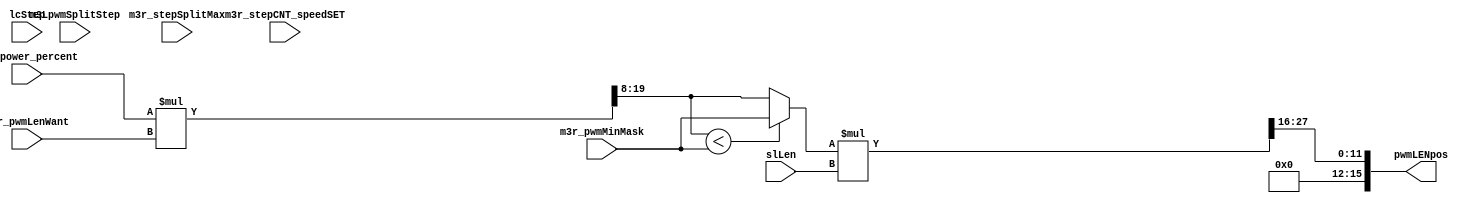
module motoro3_calc_pwm_len(
    m3LpwmSplitStep             ,
    pwmLENpos                      ,
    m3r_power_percent           ,	
    m3r_stepCNT_speedSET        ,	
    m3r_pwmLenWant              ,
    m3r_pwmMinMask              ,
    m3r_stepSplitMax            ,	
    lcStep                      ,

    slLen                 
);

input   wire    [1:0]       m3LpwmSplitStep         ;	
input   wire    [7:0]       m3r_power_percent       ;	// to control the percent of power , max 255 % , min 1 %.
input   wire    [24:0]      m3r_stepCNT_speedSET    ;	 // to control the speed
input   wire    [11:0]      m3r_pwmLenWant          ;	
input   wire    [11:0]      m3r_pwmMinMask          ;	
input   wire    [1:0]       m3r_stepSplitMax        ;	
input   wire    [3:0]       lcStep                  ;	
input   wire    [15:0]      slLen                   ;	

output  wire    [15:0]      pwmLENpos                  ;	

wire            [19:0]      pwmPOS1                 ;	// 8 + 12 == 20
wire            [11:0]      pwmPOS2                 ;	
wire            [11:0]      pwmPOS9                 ;	

wire            [27:0]      pwmNow1                 ;	// 12 + 16 == 28
wire            [27:0]      pwmNow9                 ;	

/*
always @( slStep ) begin
    case ( slStep )
                                         
        4'd1    :   begin   pi6 = 16'd17560 ; pi12 = 16'd8628   ; pi24 = 16'd4295   ;   end
        default :   begin   pi6 = 16'd0     ; pi12 = 16'd0      ; pi24 = 16'd0      ;   end
    endcase
end

assign slLen    = pi24 ;
*/
assign pwmLENpos   =   pwmNow9 ;

assign  pwmPOS1 =   m3r_power_percent * m3r_pwmLenWant ; // 8 + 12 == 20
assign  pwmPOS2 =   pwmPOS1[19:8] ;
assign  pwmPOS9 =   (pwmPOS2 < m3r_pwmMinMask) ? m3r_pwmMinMask : pwmPOS2 ;

assign  pwmNow1 =   pwmPOS9 * slLen ;// 12 + 16 == 28
assign  pwmNow9 =   pwmNow1[27:16]  ;

endmodule